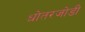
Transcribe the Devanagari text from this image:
धोतरजोडी